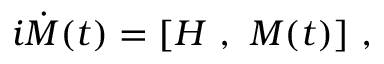
i \dot { \cal M } ( t ) = [ { \cal H } \ , \ { \cal M } ( t ) ] \ ,